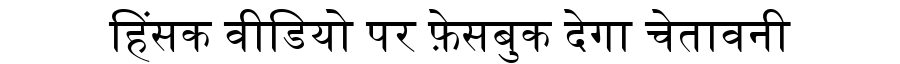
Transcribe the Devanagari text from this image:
हिंसक वीडियो पर फ़ेसबुक देगा चेतावनी